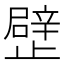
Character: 𣦢